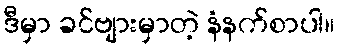
ဒီမှာ ခင်ဗျားမှာတဲ့ နံနက်စာပါ။